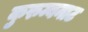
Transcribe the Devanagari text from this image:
कुरुम्बनाट